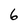
Character: 6